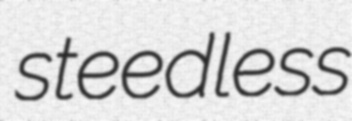
steedless